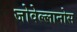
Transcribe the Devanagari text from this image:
जोवेल्लानोस